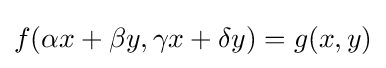
f(\alpha x+\beta y,\gamma x+\delta y)=g(x,y)